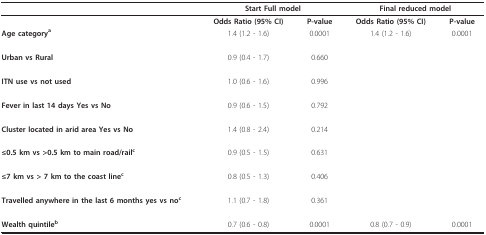
|  | <COLSPAN=2> Start Full model | <COLSPAN=2> Final reduced model |
 | --- | --- | --- | --- | --- |
 |  | Odds Ratio (95% CI) | P-value | Odds Ratio (95% CI) | P-value |
 | Age categorya | 1.4 (1.2 - 1.6) | 0.0001 | 1.4 (1.2 - 1.6) | 0.0001 |
 | Urban vs Rural | 0.9 (0.4 - 1.7) | 0.660 |  |  |
 | ITN use vs not used | 1.0 (0.6 - 1.6) | 0.996 |  |  |
 | Fever in last 14 days Yes vs No | 0.9 (0.6 - 1.5) | 0.792 |  |  |
 | Cluster located in arid area Yes vs No | 1.4 (0.8 - 2.4) | 0.214 |  |  |
 | ≤0.5 km vs >0.5 km to main road/railc | 0.9 (0.5 - 1.5) | 0.631 |  |  |
 | ≤7 km vs > 7 km to the coast linec | 0.8 (0.5 - 1.3) | 0.406 |  |  |
 | Travelled anywhere in the last 6 months yes vs noc | 1.1 (0.7 - 1.8) | 0.361 |  |  |
 | Wealth quintileb | 0.7 (0.6 - 0.8) | 0.0001 | 0.8 (0.7 - 0.9) | 0.0001 |